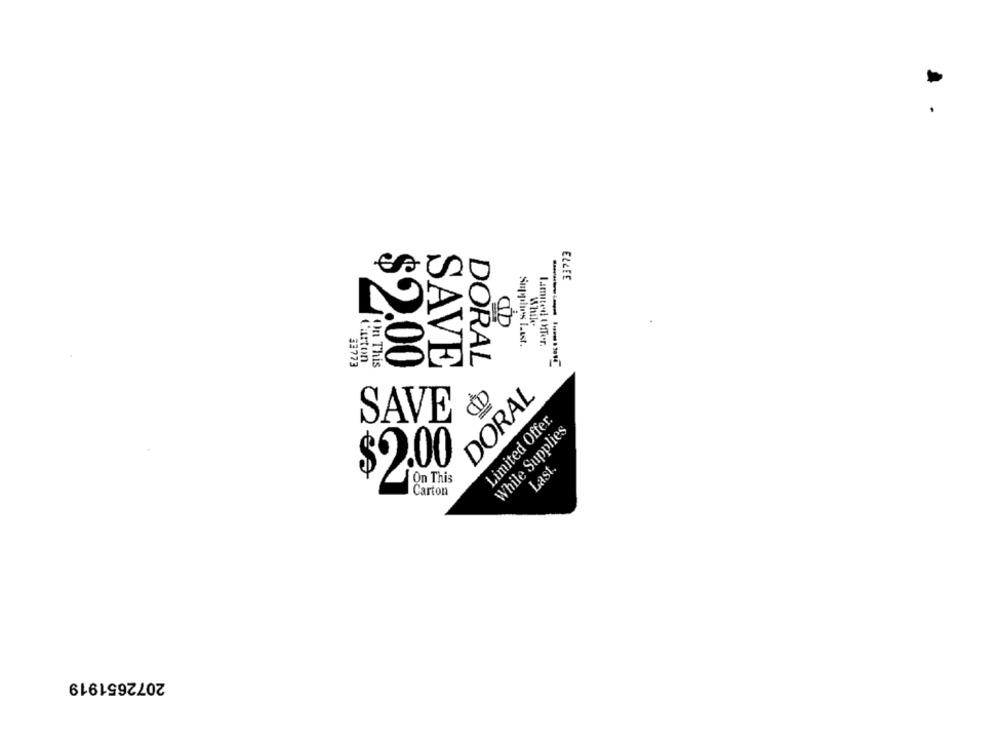
33773
00%$
QD
STILL DO
ELLEE
SAVE
DORAL
DORAL
Limited Offer.
SAVE
While Supplies
Last.
On This
$2.00
Carton
2072651919